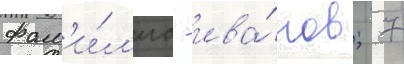
фам'и́л'иа - ива́нов; 7